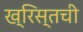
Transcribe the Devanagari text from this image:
ख्रिस्तची